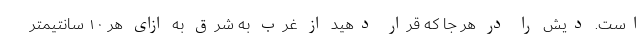
است. دیش را در هر جا که قرار دهید از غرب به شرق به ازای هر ۱۰ سانتیمتر